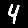
Digit: 4